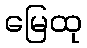
မြေထု